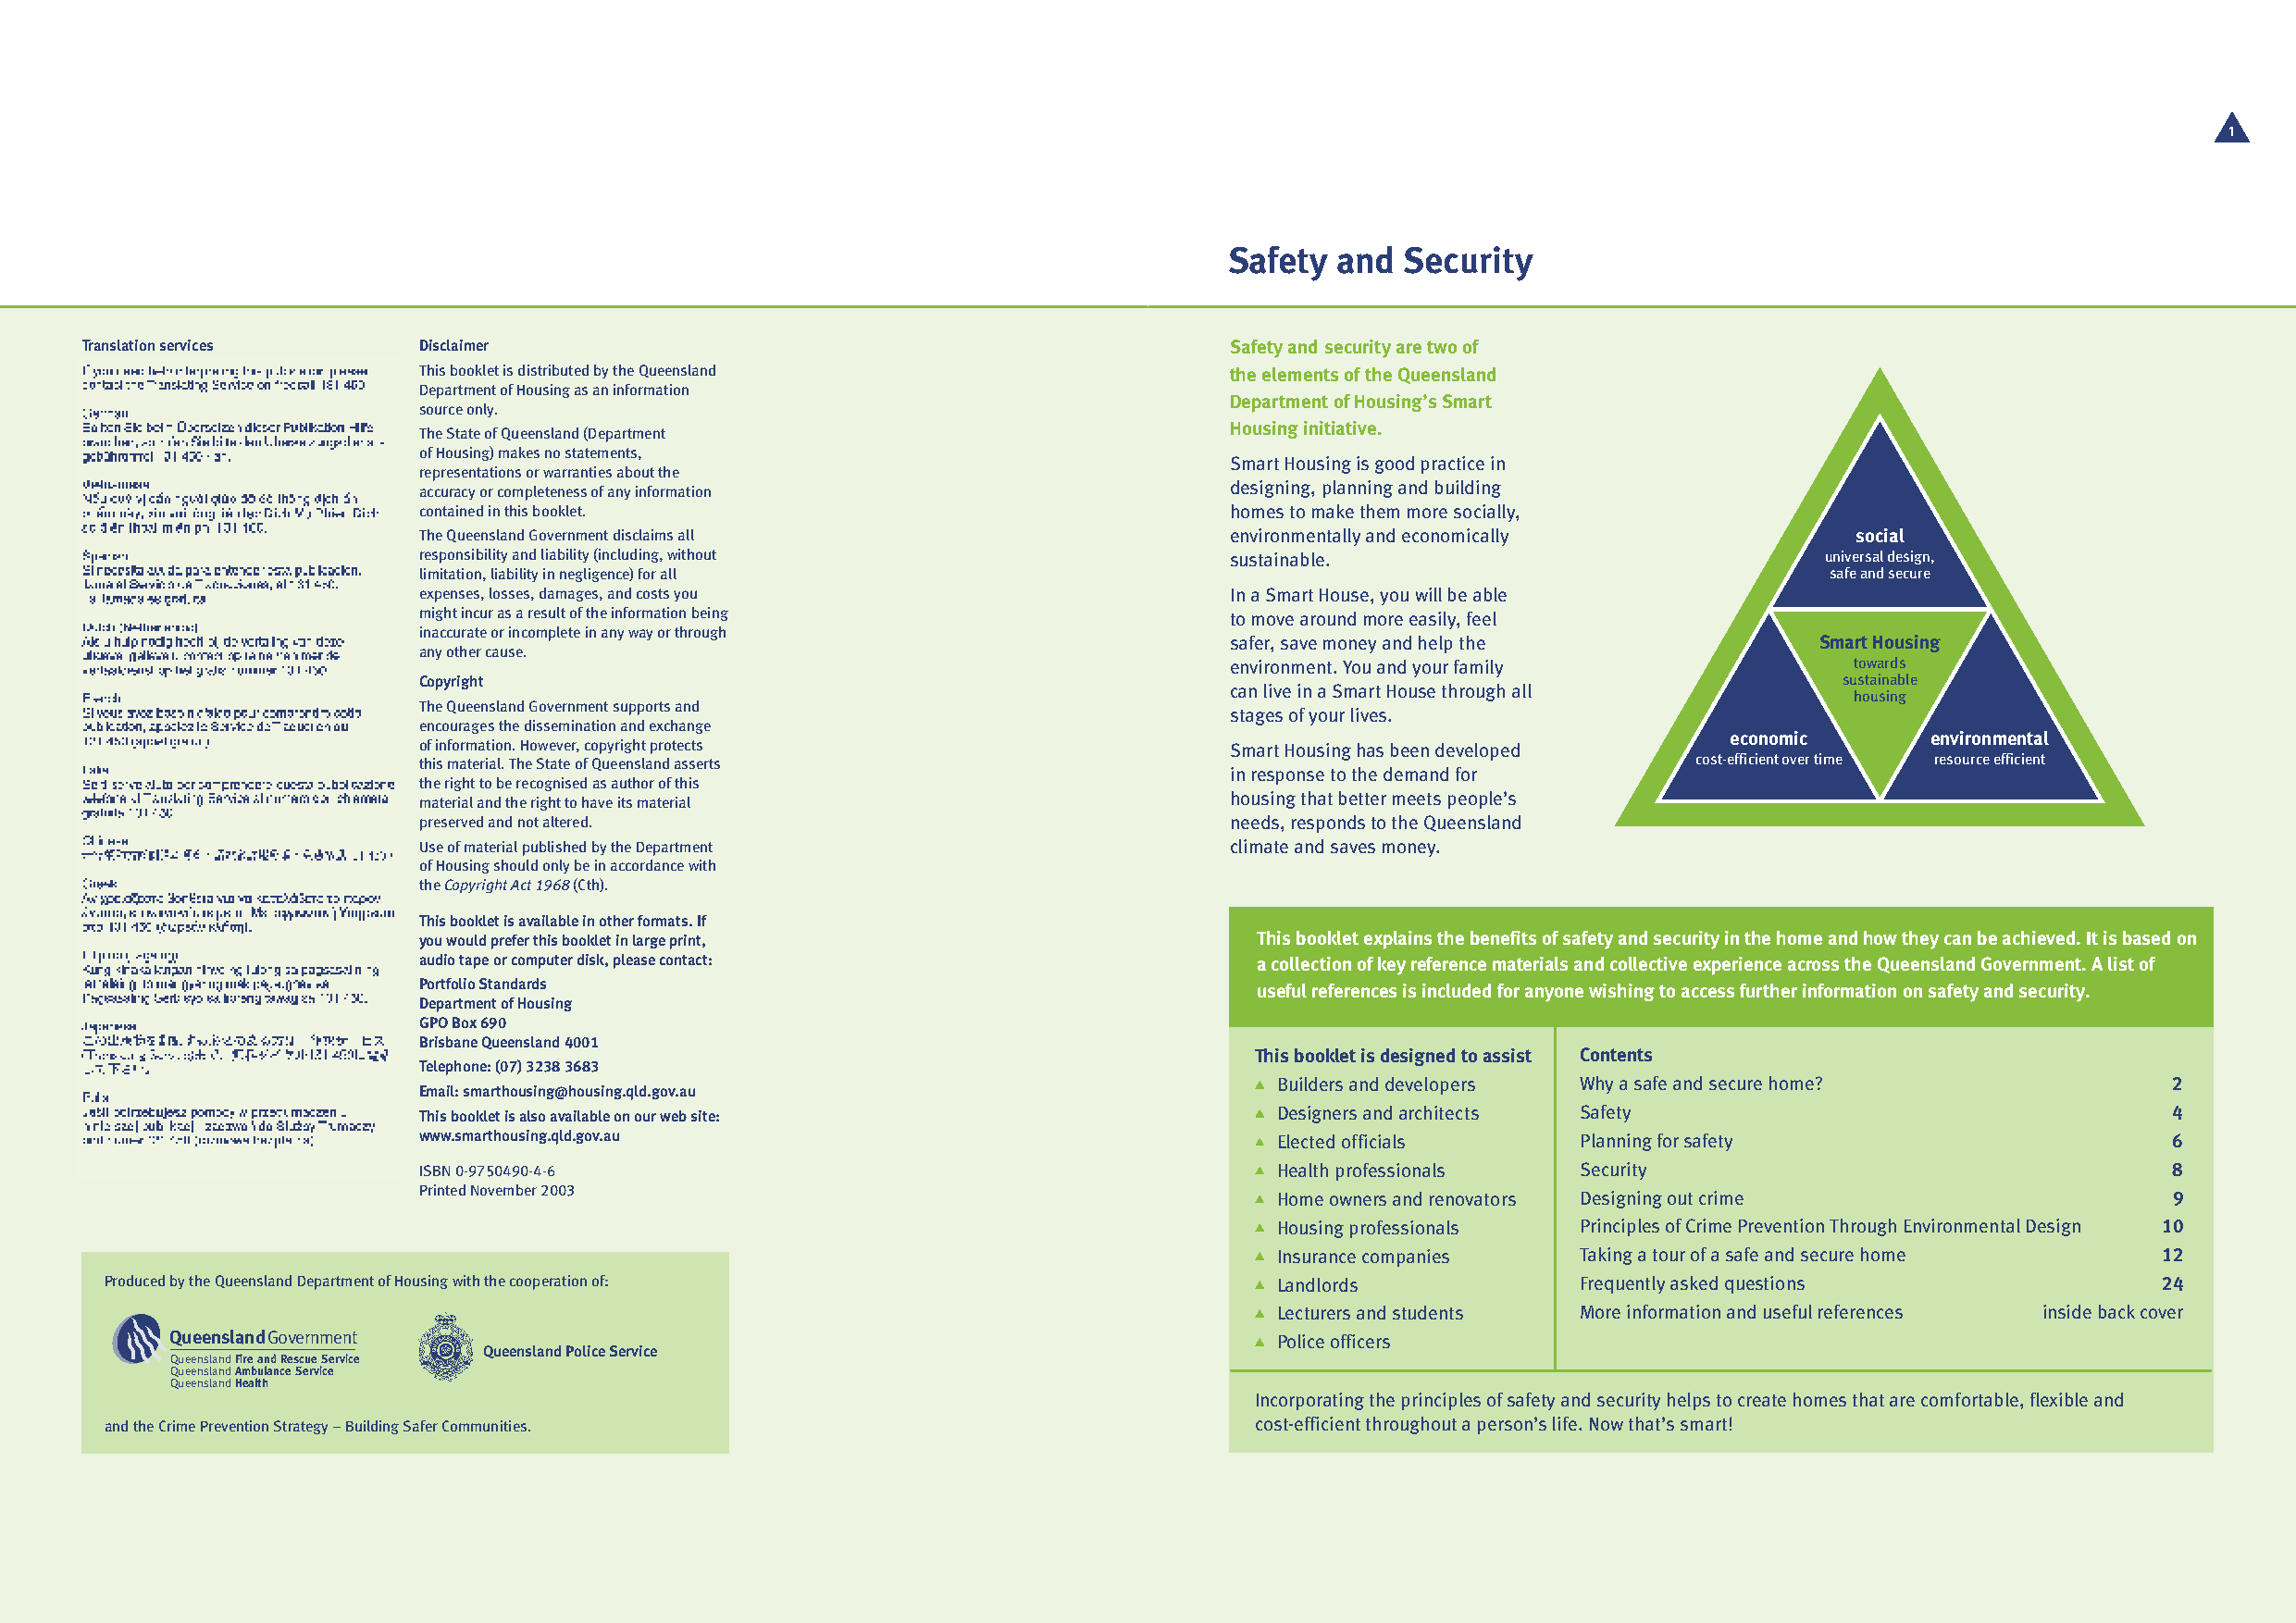
1
 Safety  and Security
 Translation services    Disclaimer                                                Safety and security are two of
 This booklet is distributed by the Queensland             the elements of the Queensland
 Department of Housing as an information
 Department of Housing’s Smart
 source only.
 Housing initiative.
 The State of Queensland (Department
 of Housing) makes no statements,
 Smart Housing is good practice in
 representations or warranties about the
 designing, planning and building
 accuracy or completeness of any information
 contained in this booklet.                                homes to make them more socially,
 The Queensland Government disclaims all                   environmentally and economically             social
 responsibility and liability (including, without          sustainable.                               universal design,
 limitation, liability in negligence) for all                                                         safe and secure
 expenses, losses, damages, and costs you                  In a Smart House, you will be able
 might incur as a result of the information being          to move around more easily, feel
 inaccurate or incomplete in any way or through
 safer, save money and help the            Smart Housing
 any other cause.
 environment. You and your family             towards
 Copyright                                                                                             sustainable
 can live in a Smart House through all
 housing
 The Queensland Government supports and
 stages of your lives.
 encourages the dissemination and exchange
 economic      environmental
 of information. However, copyright protects               Smart Housing has been developed
 this material. The State of Queensland asserts                                             cost-efficient over time resource efficient
 in response to the demand for
 the right to be recognised as author of this
 housing that better meets people’s
 material and the right to have its material
 preserved and not altered.                                needs, responds to the Queensland
 Use of material published by the Department               climate and saves money.
 of Housing should only be in accordance with
 the Copyright Act 1968 (Cth).
 This booklet is available in other formats. If
 you would prefer this booklet in large print,               This booklet explains the benefits of safety and security in the home and how they can be achieved. It is based on
 audio tape or computer disk, please contact:                a collection of key reference materials and collective experience across the Queensland Government. A list of
 Portfolio Standards                                         useful references is included for anyone wishing to access further information on safety and security.
 Department of Housing
 GPO Box 690
 Brisbane Queensland 4001
 This booklet is designed to assist Contents
 Telephone: (07) 3238 3683
 Builders and developers Why a safe and secure home?             2
 Email: smarthousing@housing.qld.gov.au
 This booklet is also available on our web site:              Designers and architects Safety                                 4
 www.smarthousing.qld.gov.au                                  Elected officials     Planning for safety                       6
 ISBN 0-9750490-4-6                                           Health professionals  Security                                  8
 Printed November 2003                                        Home owners and renovators Designing out crime                  9
 Housing professionals Principles of Crime Prevention Through Environmental Design 10
 Insurance companies   Taking a tour of a safe and secure home   12
 Produced by the Queensland Department of Housing with the cooperation of:           Landlords             Frequently asked questions                24
 Lecturers and students More information and useful references inside back cover
 QueenslandGovernment                                                           Police officers
 Queensland Police Service
 Queensland Fire and Rescue Service
 Queensland Ambulance Service
 Queensland Health
 Incorporating the principles of safety and security helps to create homes that are comfortable, flexible and
 and the Crime Prevention Strategy – Building Safer Communities.                    cost-efficient throughout a person’s life. Now that’s smart!